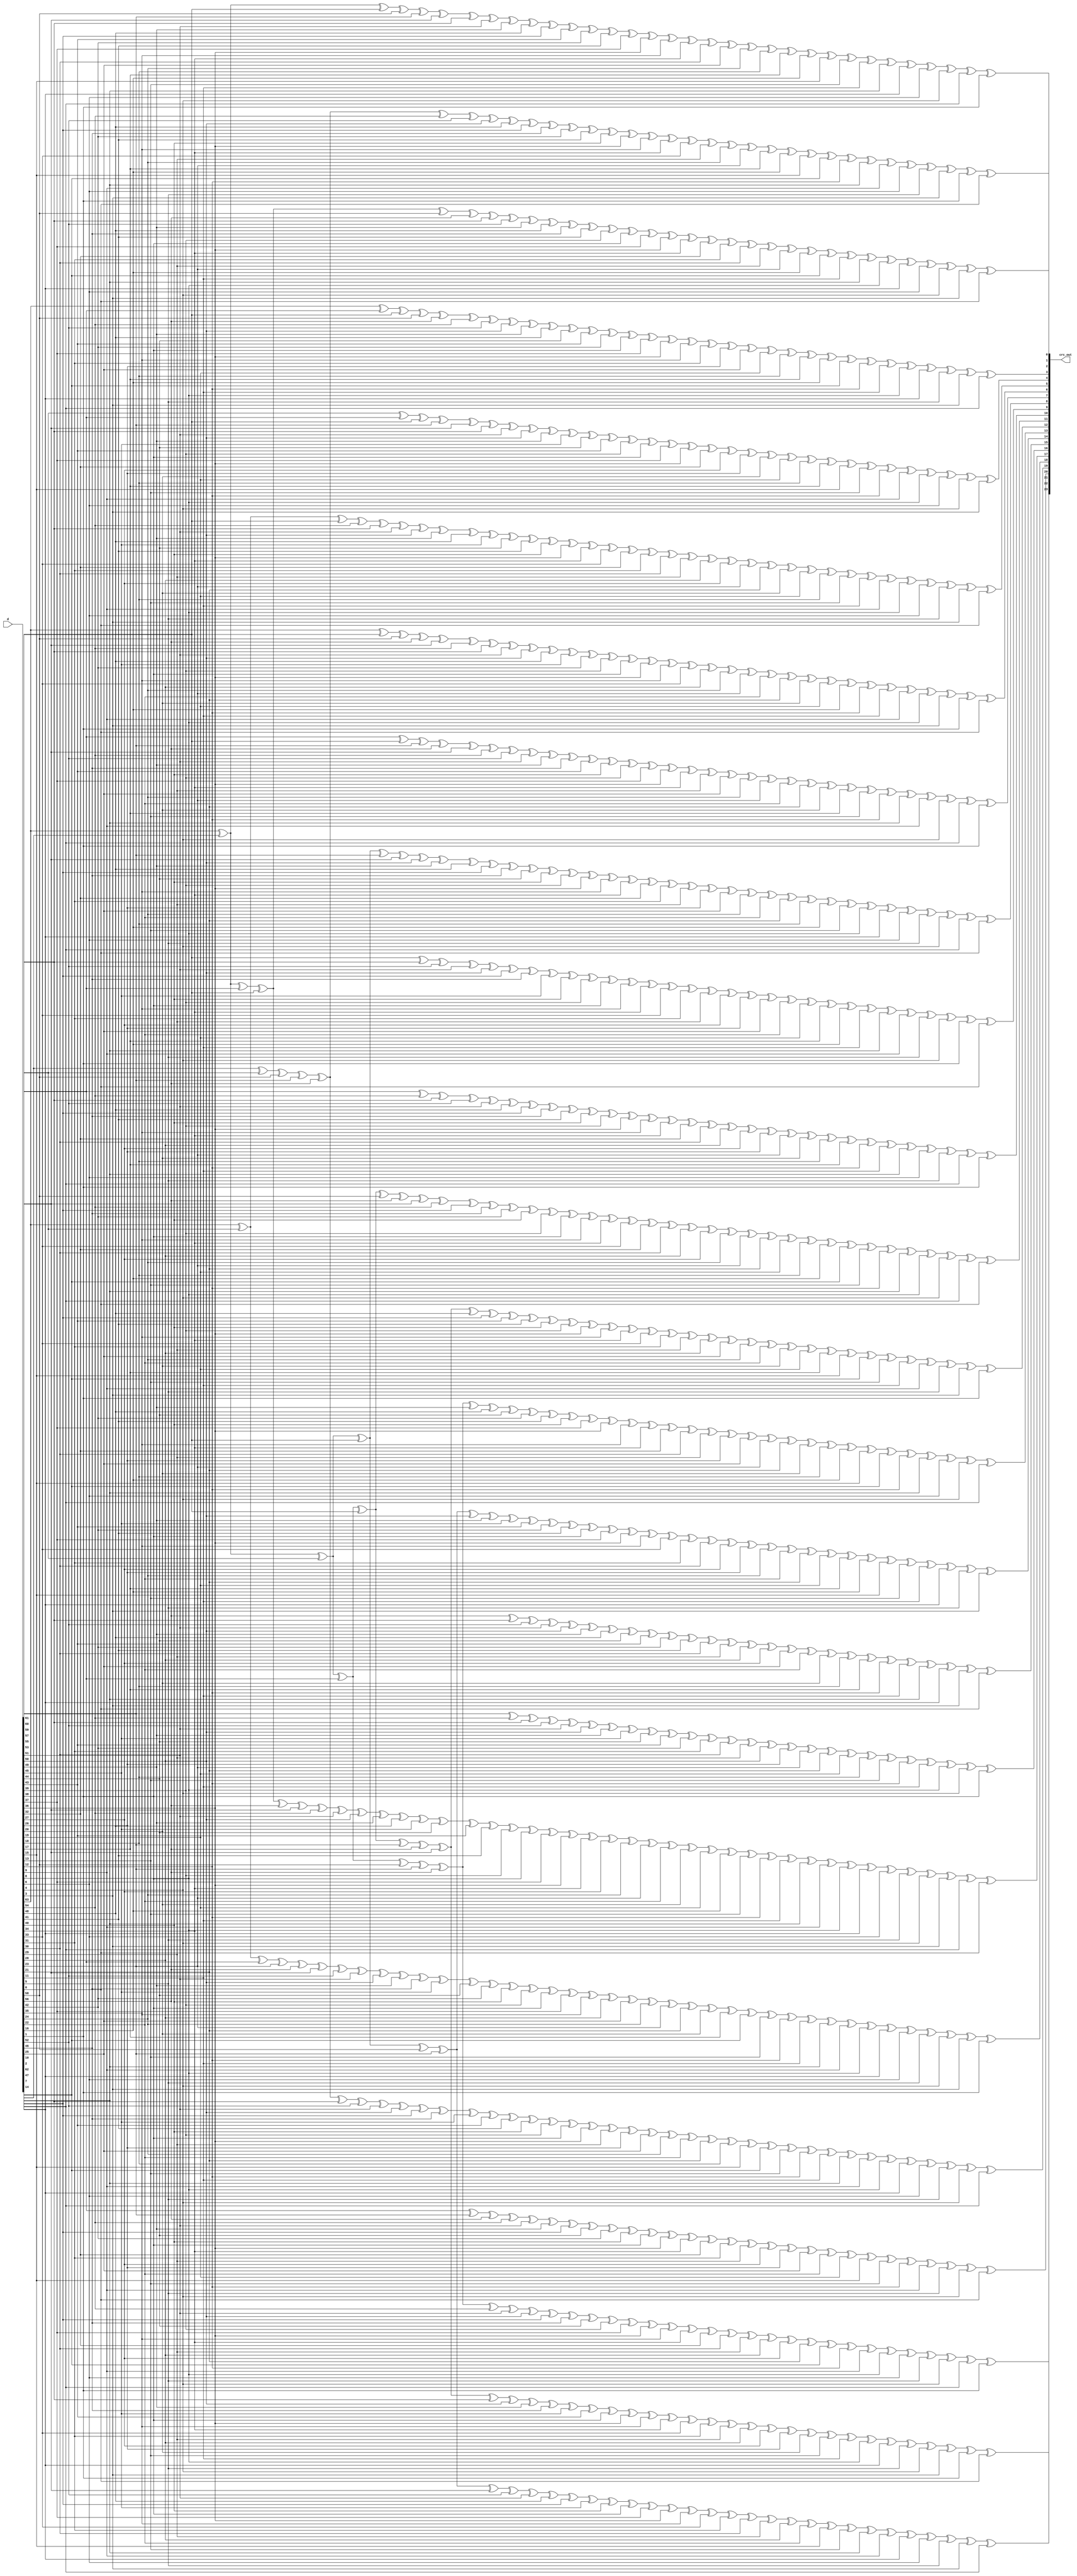
// Copyright 2008 Altera Corporation. All rights reserved.  
// Altera products are protected under numerous U.S. and foreign patents, 
// maskwork rights, copyrights and other intellectual property laws.  
//
// This reference design file, and your use thereof, is subject to and governed
// by the terms and conditions of the applicable Altera Reference Design 
// License Agreement (either as signed by you or found at www.altera.com).  By
// using this reference design file, you indicate your acceptance of such terms
// and conditions between you and Altera Corporation.  In the event that you do
// not agree with such terms and conditions, you may not use the reference 
// design file and please promptly destroy any copies you have made.
//
// This reference design file is being provided on an "as-is" basis and as an 
// accommodation and therefore all warranties, representations or guarantees of 
// any kind (whether express, implied or statutory) including, without 
// limitation, warranties of merchantability, non-infringement, or fitness for
// a particular purpose, are specifically disclaimed.  By making this reference
// design file available, Altera expressly does not recommend, suggest or 
// require that this reference design file be used in combination with any 
// other product not provided by Altera.
/////////////////////////////////////////////////////////////////////////////

//
// 24 bit CRC of 64 data bits (reversed - MSB first)
// polynomial : 00328b63 
//    x^21 + x^20 + x^17 + x^15 + x^11 + x^9 + x^8 + x^6 + x^5 + x^1 + x^0
//
//        CCCCCCCCCCCCCCCCCCCCCCCC DDDDDDDDDDDDDDDDDDDDDDDDDDDDDDDDDDDDDDDDDDDDDDDDDDDDDDDDDDDDDDDD 
//        000000000011111111112222 0000000000111111111122222222223333333333444444444455555555556666 
//        012345678901234567890123 0123456789012345678901234567890123456789012345678901234567890123 
// C00  = ........................ #..##.###.##..#.#......#.....####.#.####.#....#.##..##..#.###.## 
// C01  = ........................ ##.#.##..##.#.####.....##....#...####...###...###.#.#.#.###..##. 
// C02  = ........................ .##.#.##..##.#.####.....##....#...####...###...###.#.#.#.###..## 
// C03  = ........................ ..##.#.##..##.#.####.....##....#...####...###...###.#.#.#.###..# 
// C04  = ........................ ...##.#.##..##.#.####.....##....#...####...###...###.#.#.#.###.. 
// C05  = ........................ #..#.##.##.#.#....####.#...########.#...##..##..####.##....#.#.# 
// C06  = ........................ ##.#....##.##...#..######...#....#.##.##..#..#..#.##.####.##...# 
// C07  = ........................ .##.#....##.##...#..######...#....#.##.##..#..#..#.##.####.##... 
// C08  = ........................ #.#.#####....#..#.#..##.###..#.##.###..##...#.#####....#.#.#.### 
// C09  = ........................ ##..##...###....##.#..#..###.#.#.###..###....###..####.....#.... 
// C10  = ........................ .##..##...###....##.#..#..###.#.#.###..###....###..####.....#... 
// C11  = ........................ #.#.#...#.#.###.#.##.#.##..##.#.####..###.#...##......###.###### 
// C12  = ........................ .#.#.#...#.#.###.#.##.#.##..##.#.####..###.#...##......###.##### 
// C13  = ........................ ..#.#.#...#.#.###.#.##.#.##..##.#.####..###.#...##......###.#### 
// C14  = ........................ ...#.#.#...#.#.###.#.##.#.##..##.#.####..###.#...##......###.### 
// C15  = ........................ #..#...#..###....##.#.#..#.####..........####...######..#....... 
// C16  = ........................ .#..#...#..###....##.#.#..#.####..........####...######..#...... 
// C17  = ........................ #.############..#..##.###..#......#.####.#.###..####..###..##.## 
// C18  = ........................ .#.############..#..##.###..#......#.####.#.###..####..###..##.# 
// C19  = ........................ ..#.############..#..##.###..#......#.####.#.###..####..###..##. 
// C20  = ........................ #...##...#..##.#...#..#..###.#.##.#.#.#.#.#.#..#.#.#..#.##..#... 
// C21  = ........................ ##.###.##..#.#......#.....####.#.####.#....#.##..##..#.###.##### 
// C22  = ........................ .##.###.##..#.#......#.....####.#.####.#....#.##..##..#.###.#### 
// C23  = ........................ ..##.###.##..#.#......#.....####.#.####.#....#.##..##..#.###.### 
//
// Number of XORs used is 24
// Maximum XOR input count is 40
//   Best possible depth in 4 LUTs = 3
//   Best possible depth in 5 LUTs = 3
//   Best possible depth in 6 LUTs = 3
// Total XOR inputs 788
//
// Special signal relations -
//    none
//

module crc24_dat64_only_flat (d,crc_out);
input[63:0] d;
output[23:0] crc_out;
wire[23:0] crc_out;

assign crc_out[0] =
    d[63] ^ d[62] ^ d[60] ^ d[59] ^ d[58] ^ d[56] ^ 
    d[53] ^ d[52] ^ d[49] ^ d[48] ^ d[46] ^ d[41] ^ d[39] ^ 
    d[38] ^ d[37] ^ d[36] ^ d[34] ^ d[32] ^ d[31] ^ d[30] ^ 
    d[29] ^ d[23] ^ d[16] ^ d[14] ^ d[11] ^ d[10] ^ d[8] ^ 
    d[7] ^ d[6] ^ d[4] ^ d[3] ^ d[0];

assign crc_out[1] =
    d[62] ^ d[61] ^ d[58] ^ d[57] ^ d[56] ^ d[54] ^ 
    d[52] ^ d[50] ^ d[48] ^ d[47] ^ d[46] ^ d[42] ^ d[41] ^ 
    d[40] ^ d[36] ^ d[35] ^ d[34] ^ d[33] ^ d[29] ^ d[24] ^ 
    d[23] ^ d[17] ^ d[16] ^ d[15] ^ d[14] ^ d[12] ^ d[10] ^ 
    d[9] ^ d[6] ^ d[5] ^ d[3] ^ d[1] ^ d[0];

assign crc_out[2] =
    d[63] ^ d[62] ^ d[59] ^ d[58] ^ d[57] ^ d[55] ^ 
    d[53] ^ d[51] ^ d[49] ^ d[48] ^ d[47] ^ d[43] ^ d[42] ^ 
    d[41] ^ d[37] ^ d[36] ^ d[35] ^ d[34] ^ d[30] ^ d[25] ^ 
    d[24] ^ d[18] ^ d[17] ^ d[16] ^ d[15] ^ d[13] ^ d[11] ^ 
    d[10] ^ d[7] ^ d[6] ^ d[4] ^ d[2] ^ d[1];

assign crc_out[3] =
    d[63] ^ d[60] ^ d[59] ^ d[58] ^ d[56] ^ d[54] ^ 
    d[52] ^ d[50] ^ d[49] ^ d[48] ^ d[44] ^ d[43] ^ d[42] ^ 
    d[38] ^ d[37] ^ d[36] ^ d[35] ^ d[31] ^ d[26] ^ d[25] ^ 
    d[19] ^ d[18] ^ d[17] ^ d[16] ^ d[14] ^ d[12] ^ d[11] ^ 
    d[8] ^ d[7] ^ d[5] ^ d[3] ^ d[2];

assign crc_out[4] =
    d[61] ^ d[60] ^ d[59] ^ d[57] ^ d[55] ^ d[53] ^ 
    d[51] ^ d[50] ^ d[49] ^ d[45] ^ d[44] ^ d[43] ^ d[39] ^ 
    d[38] ^ d[37] ^ d[36] ^ d[32] ^ d[27] ^ d[26] ^ d[20] ^ 
    d[19] ^ d[18] ^ d[17] ^ d[15] ^ d[13] ^ d[12] ^ d[9] ^ 
    d[8] ^ d[6] ^ d[4] ^ d[3];

assign crc_out[5] =
    d[63] ^ d[61] ^ d[59] ^ d[54] ^ d[53] ^ d[51] ^ 
    d[50] ^ d[49] ^ d[48] ^ d[45] ^ d[44] ^ d[41] ^ d[40] ^ 
    d[36] ^ d[34] ^ d[33] ^ d[32] ^ d[31] ^ d[30] ^ d[29] ^ 
    d[28] ^ d[27] ^ d[23] ^ d[21] ^ d[20] ^ d[19] ^ d[18] ^ 
    d[13] ^ d[11] ^ d[9] ^ d[8] ^ d[6] ^ d[5] ^ d[3] ^ 
    d[0];

assign crc_out[6] =
    d[63] ^ d[59] ^ d[58] ^ d[56] ^ d[55] ^ d[54] ^ 
    d[53] ^ d[51] ^ d[50] ^ d[48] ^ d[45] ^ d[42] ^ d[39] ^ 
    d[38] ^ d[36] ^ d[35] ^ d[33] ^ d[28] ^ d[24] ^ d[23] ^ 
    d[22] ^ d[21] ^ d[20] ^ d[19] ^ d[16] ^ d[12] ^ d[11] ^ 
    d[9] ^ d[8] ^ d[3] ^ d[1] ^ d[0];

assign crc_out[7] =
    d[60] ^ d[59] ^ d[57] ^ d[56] ^ d[55] ^ d[54] ^ 
    d[52] ^ d[51] ^ d[49] ^ d[46] ^ d[43] ^ d[40] ^ d[39] ^ 
    d[37] ^ d[36] ^ d[34] ^ d[29] ^ d[25] ^ d[24] ^ d[23] ^ 
    d[22] ^ d[21] ^ d[20] ^ d[17] ^ d[13] ^ d[12] ^ d[10] ^ 
    d[9] ^ d[4] ^ d[2] ^ d[1];

assign crc_out[8] =
    d[63] ^ d[62] ^ d[61] ^ d[59] ^ d[57] ^ d[55] ^ 
    d[50] ^ d[49] ^ d[48] ^ d[47] ^ d[46] ^ d[44] ^ d[40] ^ 
    d[39] ^ d[36] ^ d[35] ^ d[34] ^ d[32] ^ d[31] ^ d[29] ^ 
    d[26] ^ d[25] ^ d[24] ^ d[22] ^ d[21] ^ d[18] ^ d[16] ^ 
    d[13] ^ d[8] ^ d[7] ^ d[6] ^ d[5] ^ d[4] ^ d[2] ^ 
    d[0];

assign crc_out[9] =
    d[59] ^ d[53] ^ d[52] ^ d[51] ^ d[50] ^ d[47] ^ 
    d[46] ^ d[45] ^ d[40] ^ d[39] ^ d[38] ^ d[35] ^ d[34] ^ 
    d[33] ^ d[31] ^ d[29] ^ d[27] ^ d[26] ^ d[25] ^ d[22] ^ 
    d[19] ^ d[17] ^ d[16] ^ d[11] ^ d[10] ^ d[9] ^ d[5] ^ 
    d[4] ^ d[1] ^ d[0];

assign crc_out[10] =
    d[60] ^ d[54] ^ d[53] ^ d[52] ^ d[51] ^ d[48] ^ 
    d[47] ^ d[46] ^ d[41] ^ d[40] ^ d[39] ^ d[36] ^ d[35] ^ 
    d[34] ^ d[32] ^ d[30] ^ d[28] ^ d[27] ^ d[26] ^ d[23] ^ 
    d[20] ^ d[18] ^ d[17] ^ d[12] ^ d[11] ^ d[10] ^ d[6] ^ 
    d[5] ^ d[2] ^ d[1];

assign crc_out[11] =
    d[63] ^ d[62] ^ d[61] ^ d[60] ^ d[59] ^ d[58] ^ 
    d[56] ^ d[55] ^ d[54] ^ d[47] ^ d[46] ^ d[42] ^ d[40] ^ 
    d[39] ^ d[38] ^ d[35] ^ d[34] ^ d[33] ^ d[32] ^ d[30] ^ 
    d[28] ^ d[27] ^ d[24] ^ d[23] ^ d[21] ^ d[19] ^ d[18] ^ 
    d[16] ^ d[14] ^ d[13] ^ d[12] ^ d[10] ^ d[8] ^ d[4] ^ 
    d[2] ^ d[0];

assign crc_out[12] =
    d[63] ^ d[62] ^ d[61] ^ d[60] ^ d[59] ^ d[57] ^ 
    d[56] ^ d[55] ^ d[48] ^ d[47] ^ d[43] ^ d[41] ^ d[40] ^ 
    d[39] ^ d[36] ^ d[35] ^ d[34] ^ d[33] ^ d[31] ^ d[29] ^ 
    d[28] ^ d[25] ^ d[24] ^ d[22] ^ d[20] ^ d[19] ^ d[17] ^ 
    d[15] ^ d[14] ^ d[13] ^ d[11] ^ d[9] ^ d[5] ^ d[3] ^ 
    d[1];

assign crc_out[13] =
    d[63] ^ d[62] ^ d[61] ^ d[60] ^ d[58] ^ d[57] ^ 
    d[56] ^ d[49] ^ d[48] ^ d[44] ^ d[42] ^ d[41] ^ d[40] ^ 
    d[37] ^ d[36] ^ d[35] ^ d[34] ^ d[32] ^ d[30] ^ d[29] ^ 
    d[26] ^ d[25] ^ d[23] ^ d[21] ^ d[20] ^ d[18] ^ d[16] ^ 
    d[15] ^ d[14] ^ d[12] ^ d[10] ^ d[6] ^ d[4] ^ d[2];

assign crc_out[14] =
    d[63] ^ d[62] ^ d[61] ^ d[59] ^ d[58] ^ d[57] ^ 
    d[50] ^ d[49] ^ d[45] ^ d[43] ^ d[42] ^ d[41] ^ d[38] ^ 
    d[37] ^ d[36] ^ d[35] ^ d[33] ^ d[31] ^ d[30] ^ d[27] ^ 
    d[26] ^ d[24] ^ d[22] ^ d[21] ^ d[19] ^ d[17] ^ d[16] ^ 
    d[15] ^ d[13] ^ d[11] ^ d[7] ^ d[5] ^ d[3];

assign crc_out[15] =
    d[56] ^ d[53] ^ d[52] ^ d[51] ^ d[50] ^ d[49] ^ 
    d[48] ^ d[44] ^ d[43] ^ d[42] ^ d[41] ^ d[30] ^ d[29] ^ 
    d[28] ^ d[27] ^ d[25] ^ d[22] ^ d[20] ^ d[18] ^ d[17] ^ 
    d[12] ^ d[11] ^ d[10] ^ d[7] ^ d[3] ^ d[0];

assign crc_out[16] =
    d[57] ^ d[54] ^ d[53] ^ d[52] ^ d[51] ^ d[50] ^ 
    d[49] ^ d[45] ^ d[44] ^ d[43] ^ d[42] ^ d[31] ^ d[30] ^ 
    d[29] ^ d[28] ^ d[26] ^ d[23] ^ d[21] ^ d[19] ^ d[18] ^ 
    d[13] ^ d[12] ^ d[11] ^ d[8] ^ d[4] ^ d[1];

assign crc_out[17] =
    d[63] ^ d[62] ^ d[60] ^ d[59] ^ d[56] ^ d[55] ^ 
    d[54] ^ d[51] ^ d[50] ^ d[49] ^ d[48] ^ d[45] ^ d[44] ^ 
    d[43] ^ d[41] ^ d[39] ^ d[38] ^ d[37] ^ d[36] ^ d[34] ^ 
    d[27] ^ d[24] ^ d[23] ^ d[22] ^ d[20] ^ d[19] ^ d[16] ^ 
    d[13] ^ d[12] ^ d[11] ^ d[10] ^ d[9] ^ d[8] ^ d[7] ^ 
    d[6] ^ d[5] ^ d[4] ^ d[3] ^ d[2] ^ d[0];

assign crc_out[18] =
    d[63] ^ d[61] ^ d[60] ^ d[57] ^ d[56] ^ d[55] ^ 
    d[52] ^ d[51] ^ d[50] ^ d[49] ^ d[46] ^ d[45] ^ d[44] ^ 
    d[42] ^ d[40] ^ d[39] ^ d[38] ^ d[37] ^ d[35] ^ d[28] ^ 
    d[25] ^ d[24] ^ d[23] ^ d[21] ^ d[20] ^ d[17] ^ d[14] ^ 
    d[13] ^ d[12] ^ d[11] ^ d[10] ^ d[9] ^ d[8] ^ d[7] ^ 
    d[6] ^ d[5] ^ d[4] ^ d[3] ^ d[1];

assign crc_out[19] =
    d[62] ^ d[61] ^ d[58] ^ d[57] ^ d[56] ^ d[53] ^ 
    d[52] ^ d[51] ^ d[50] ^ d[47] ^ d[46] ^ d[45] ^ d[43] ^ 
    d[41] ^ d[40] ^ d[39] ^ d[38] ^ d[36] ^ d[29] ^ d[26] ^ 
    d[25] ^ d[24] ^ d[22] ^ d[21] ^ d[18] ^ d[15] ^ d[14] ^ 
    d[13] ^ d[12] ^ d[11] ^ d[10] ^ d[9] ^ d[8] ^ d[7] ^ 
    d[6] ^ d[5] ^ d[4] ^ d[2];

assign crc_out[20] =
    d[60] ^ d[57] ^ d[56] ^ d[54] ^ d[51] ^ d[49] ^ 
    d[47] ^ d[44] ^ d[42] ^ d[40] ^ d[38] ^ d[36] ^ d[34] ^ 
    d[32] ^ d[31] ^ d[29] ^ d[27] ^ d[26] ^ d[25] ^ d[22] ^ 
    d[19] ^ d[15] ^ d[13] ^ d[12] ^ d[9] ^ d[5] ^ d[4] ^ 
    d[0];

assign crc_out[21] =
    d[63] ^ d[62] ^ d[61] ^ d[60] ^ d[59] ^ d[57] ^ 
    d[56] ^ d[55] ^ d[53] ^ d[50] ^ d[49] ^ d[46] ^ d[45] ^ 
    d[43] ^ d[38] ^ d[36] ^ d[35] ^ d[34] ^ d[33] ^ d[31] ^ 
    d[29] ^ d[28] ^ d[27] ^ d[26] ^ d[20] ^ d[13] ^ d[11] ^ 
    d[8] ^ d[7] ^ d[5] ^ d[4] ^ d[3] ^ d[1] ^ d[0];

assign crc_out[22] =
    d[63] ^ d[62] ^ d[61] ^ d[60] ^ d[58] ^ d[57] ^ 
    d[56] ^ d[54] ^ d[51] ^ d[50] ^ d[47] ^ d[46] ^ d[44] ^ 
    d[39] ^ d[37] ^ d[36] ^ d[35] ^ d[34] ^ d[32] ^ d[30] ^ 
    d[29] ^ d[28] ^ d[27] ^ d[21] ^ d[14] ^ d[12] ^ d[9] ^ 
    d[8] ^ d[6] ^ d[5] ^ d[4] ^ d[2] ^ d[1];

assign crc_out[23] =
    d[63] ^ d[62] ^ d[61] ^ d[59] ^ d[58] ^ d[57] ^ 
    d[55] ^ d[52] ^ d[51] ^ d[48] ^ d[47] ^ d[45] ^ d[40] ^ 
    d[38] ^ d[37] ^ d[36] ^ d[35] ^ d[33] ^ d[31] ^ d[30] ^ 
    d[29] ^ d[28] ^ d[22] ^ d[15] ^ d[13] ^ d[10] ^ d[9] ^ 
    d[7] ^ d[6] ^ d[5] ^ d[3] ^ d[2];

endmodule